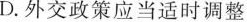
D.外交政策应当适时调整